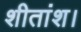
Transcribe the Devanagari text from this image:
शीतांश।